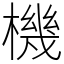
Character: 機